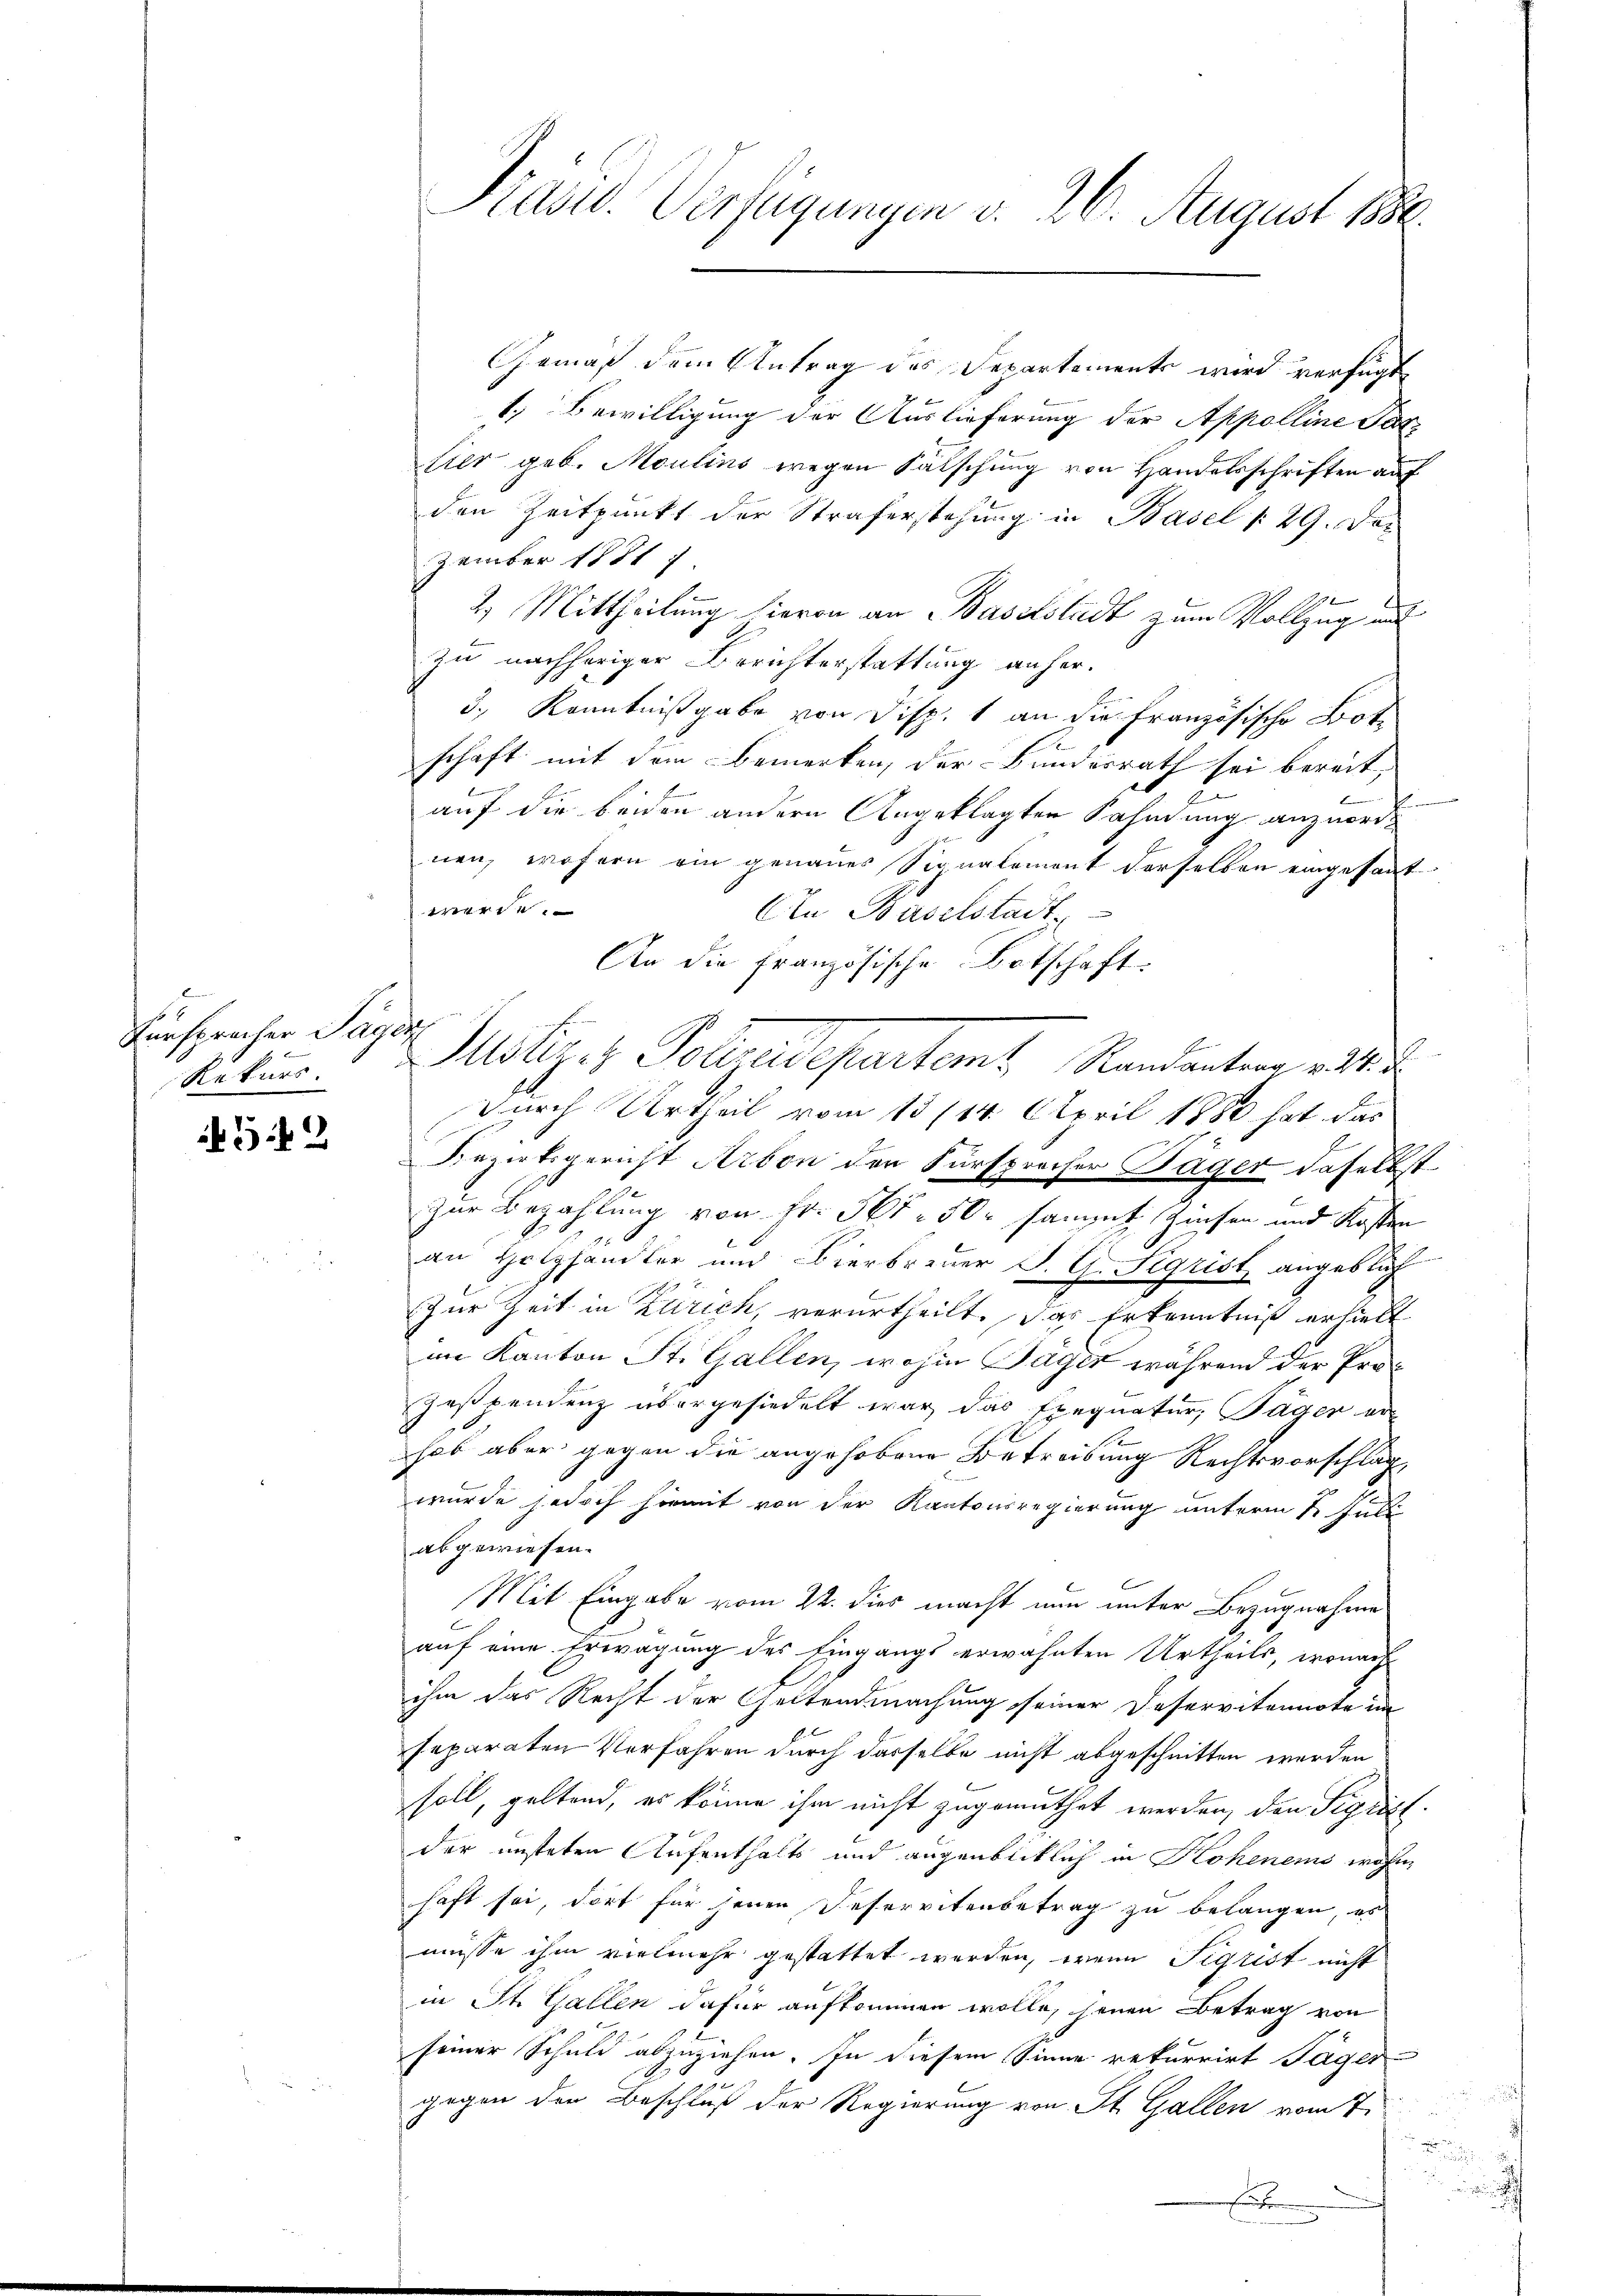
Fürsprecher Tage
Rekurs

52

Gemäß dem Antrag des Departements wird verfügt
1. Bewilligung der Auslieferung der Appolline Par¬
Eier geb. Moulins wegen Fälschung von Handelsschriften auf
den Zeitpunkt der Straferstehung in Basel § 29. Der
zember 1881
2.) Mittheilung hievon an Baselstadt zum Vollzug und
zu nachheriger Berichterstattung anher¬
3., Kenntnißgabe von Disp. 1 an die Französische Bote
schaft mit dem Bemerken, der Bundesrath sei bereit,
n
n
Br
auf die beiden andern Angeklagten Fahndung anzuordnen, wofern ein genaues Signalement derselben eingesant
werde.
An Baselstadt
An die Französische Botschaft.
Motizes Polizeidepartamt Standanten als
durch Urtheil vom 13/14. April 1880 hat das
Rezirksgericht Arbon der Fürsprecher Täger daselbst
Zur Bezahlung von Fr. 565 - 50r sammt Zinsen und Kosten
an Holzhändler und Bierbreuer J. G. Sigrist angeslich
Zur Zeit in Zürich, verurtheilt. Das Erkenntniß erhielt
im Kanton St. Gallen, wohin Jäger während der Pro¬
Zespendenz übergesiedelt war das Exequatur; Täger er-
hob aber gegen die angehobene Betreibung Rechtsvorschlag
wurde jedoch hiemit von der Kantonsregierung unterm 1. Juli
abgewiesen.
Mit Eingabe vom 22. dies macht nun unter Bezugnahme
auf eine Erwägung des Eingangs erwähnten Urtheils, wonach
ihm das Recht der Geltendmachung seiner Deservitannote un
separaten Verfahren durch dasselbe nicht abgeschnitten werden
soll, geltend, es könne ihm nicht zugemuthet werden, den Sigristder unsteten Aufenthalts und augenbicklich in Hohenens wohne
haft sei, dort für jenen Deservitenbetrag zu belangen, es
müsse ihm vielmehr gestattet werden, wenn Sigrist nicht
in St. Gallen dafür aufkommen wolle, seinen Betrag von
seiner Schuld abzuziehen. In diesem Sinne rekurrirt Tager-
gegen den Beschluß der Regierung von St. Gallen vom 7.

Präsid. Verfügungen v. 26. August 1880.